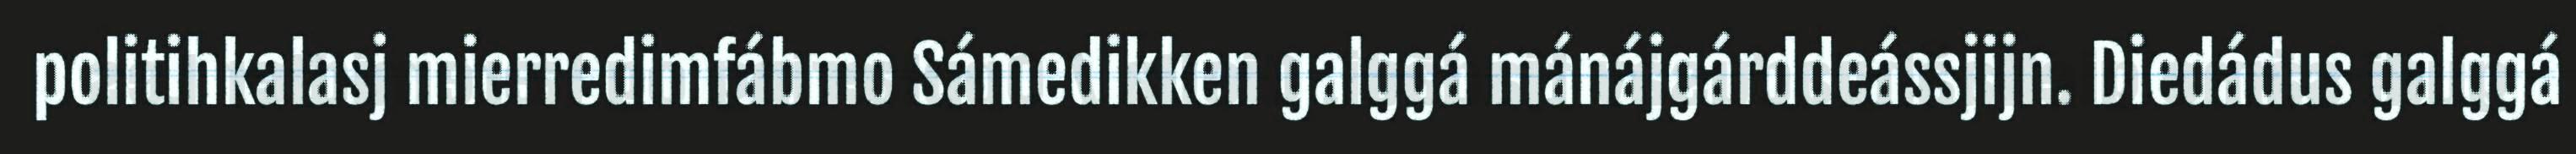
politihkalasj mierredimfábmo Sámedikken galggá mánájgárddeássjijn. Diedádus galggá